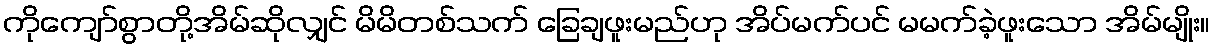
ကိုကျော်စွာတို့အိမ်ဆိုလျှင် မိမိတစ်သက် ခြေချဖူးမည်ဟု အိပ်မက်ပင် မမက်ခဲ့ဖူးသော အိမ်မျိုး။